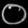
Digit: ၀